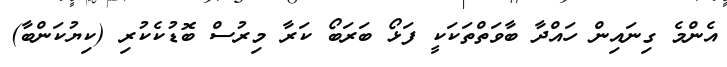
އެންމެ ގިނައިން ހައްދާ ބާވަތްތަކަކީ ފަޅޯ ބަރަބޯ ކަރާ މިރުސް ބޮޑުކެކުރި (ކިޔުކަންބާ)